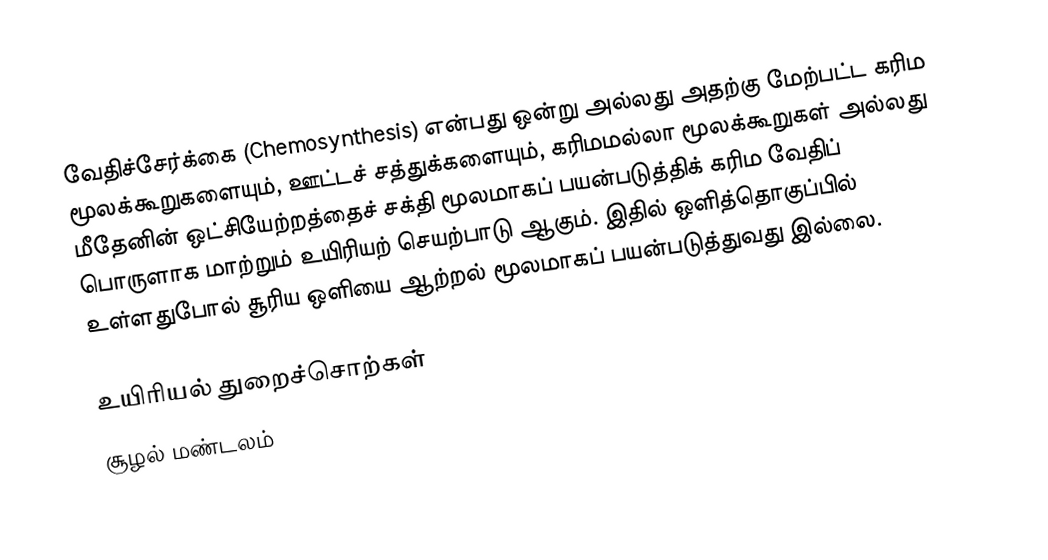
வேதிச்சேர்க்கை (Chemosynthesis) என்பது ஒன்று அல்லது அதற்கு மேற்பட்ட கரிம மூலக்கூறுகளையும், ஊட்டச் சத்துக்களையும், கரிமமல்லா மூலக்கூறுகள் அல்லது மீதேனின் ஒட்சியேற்றத்தைச் சக்தி மூலமாகப் பயன்படுத்திக் கரிம வேதிப் பொருளாக மாற்றும் உயிரியற் செயற்பாடு ஆகும். இதில் ஒளித்தொகுப்பில் உள்ளதுபோல் சூரிய ஒளியை ஆற்றல் மூலமாகப் பயன்படுத்துவது இல்லை.

உயிரியல் துறைச்சொற்கள்
சூழல் மண்டலம்